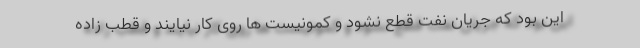
این بود که جریان نفت قطع نشود و کمونیست ها روی کار نیایند و قطب زاده